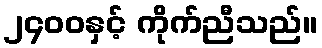
၂၄၀၀နှင့် ကိုက်ညီသည်။